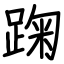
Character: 踘